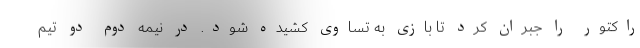
راکتور را جبران کرد تا بازی به تساوی کشیده شود. در نیمه دوم دو تیم